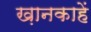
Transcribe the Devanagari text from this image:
ख़ानकाहें